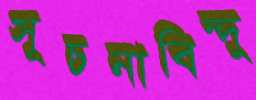
সূচনাবিন্দু